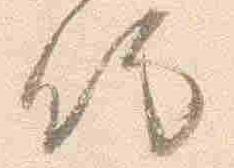
侍